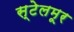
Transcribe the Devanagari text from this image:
स्टेलमूर